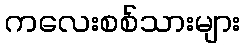
ကလေးစစ်သားများ